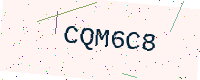
Text: CQM6C8